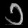
Digit: ၁